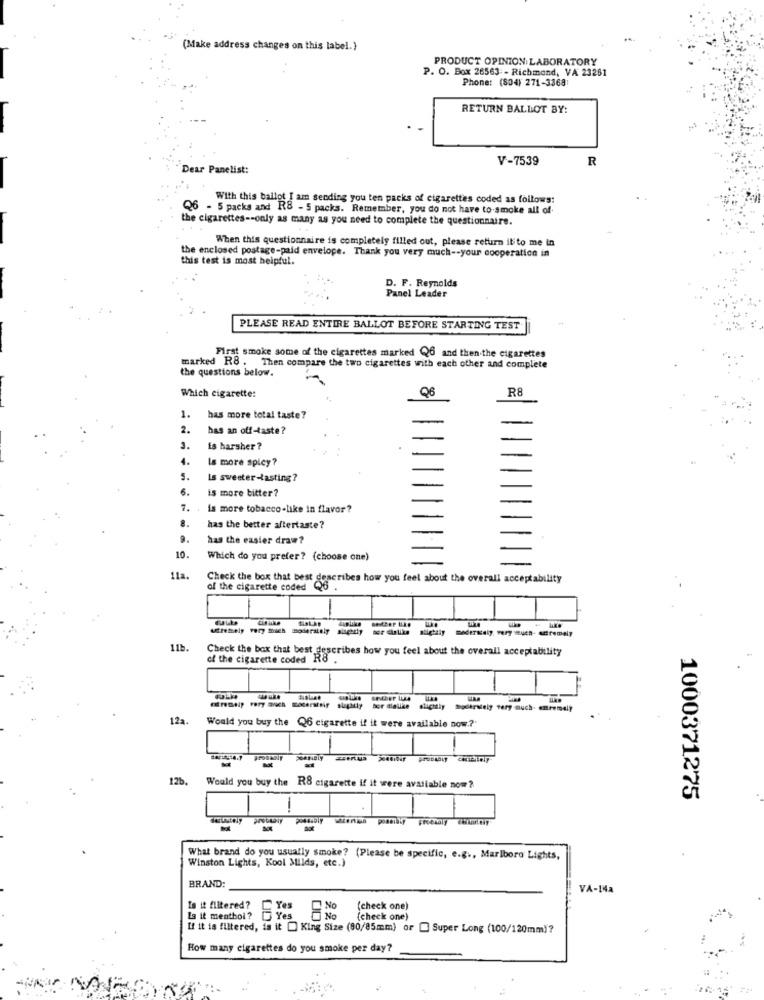
(Make address changes on this label.}
PRODUCT OPINION LABORATORY
P. O. Box 26563 - Richmond, VA 23261
Phone: (804) 271-3368:
RETURN BALLOT BY:
V-7539
R
Dear Panelist:
With this ballot I am sending you ten packs of cigarettes coded as follows:
Q6 - 5 packs and R8 - 5 packs. Remember, you do not have to smoke all of
the cigarettes -- only as many as you need to complete the questionnaire.
.. .
When this questionnaire is completely filled out, please return it to me in
the enclosed postage-paid envelope. Thank you very much -- your cooperation in
this test is most helpful.
D. F. Reynolds
Panel Leader
PLEASE READ ENTIRE BALLOT BEFORE STARTING TEST
First smoke some of the cigarettes marked Q6 and then the cigarettes
marked R8 . Then compare the two cigarettes with each other and complete
the questions below.
Which cigarette:
R8
1.
has more total taste?
2.
has an off-taste?
3.
is harsher ?
4.
Is more spicy?
5.
Is sweeter-tasting?
6.
is more bitter ?
7.
is more tobacco-like in flavor ?
8.
has the better aftertaste?
9.
has the easier draw?
10.
Which do you prefer ? (choose one)
11a.
Check the box that best describes how you feel about the overall acceptability
of the cigarette coded
6 .
-
SEtemely Pery Shich moderately
11b.
Check the box that best
of the cigarette coded Rig cribes how you feel about the overall acceptability
..
cremeiş very auch moderatsir slightly bor dielike slightly moderately very much. entremely
12a.
Would you buy the Q6 cigarette if it were available now .?
-
12b.
Would you buy the R8 cigarette if it were available now?
1000371275
What brand do you usually smoke? (Please be specific, e.g ., Marlboro Lights,
Winston Lights, Kool Milds, etc.)
BRAND:
VA-1Ha
Is it filtered?
Yes
No
(check one)
Is it menthol? @ Yes
No
{check one)
If it is filtered, is it @ King Size (90/85mm) or @ Super Long (100/120mm)?
How many cigarettes do you smoke per day?
4